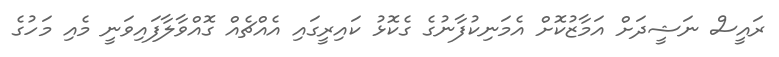
ރައީސް ނަޝީދަށް އަމާޒުކޮށް އެމަނިކުފާނުގެ ގެކޮޅު ކައިރީގައި އެއްޗެއް ގޮއްވާލާފައިވަނީ މެއި މަހުގެ